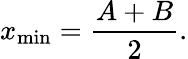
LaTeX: x_{\mathrm{min}}=\frac{A+B}{2}.